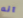
انه